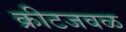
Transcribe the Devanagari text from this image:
क्रीटजवळ